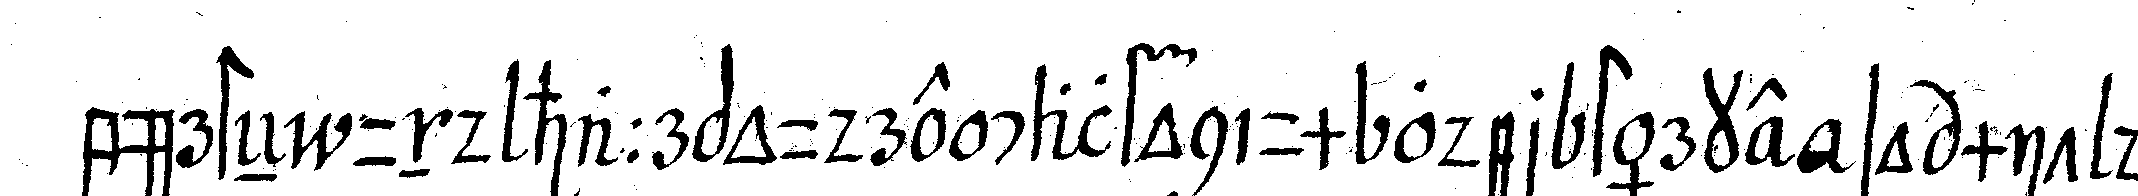
bürsteN und haarpoudre calfonium oder  stärke so mit de